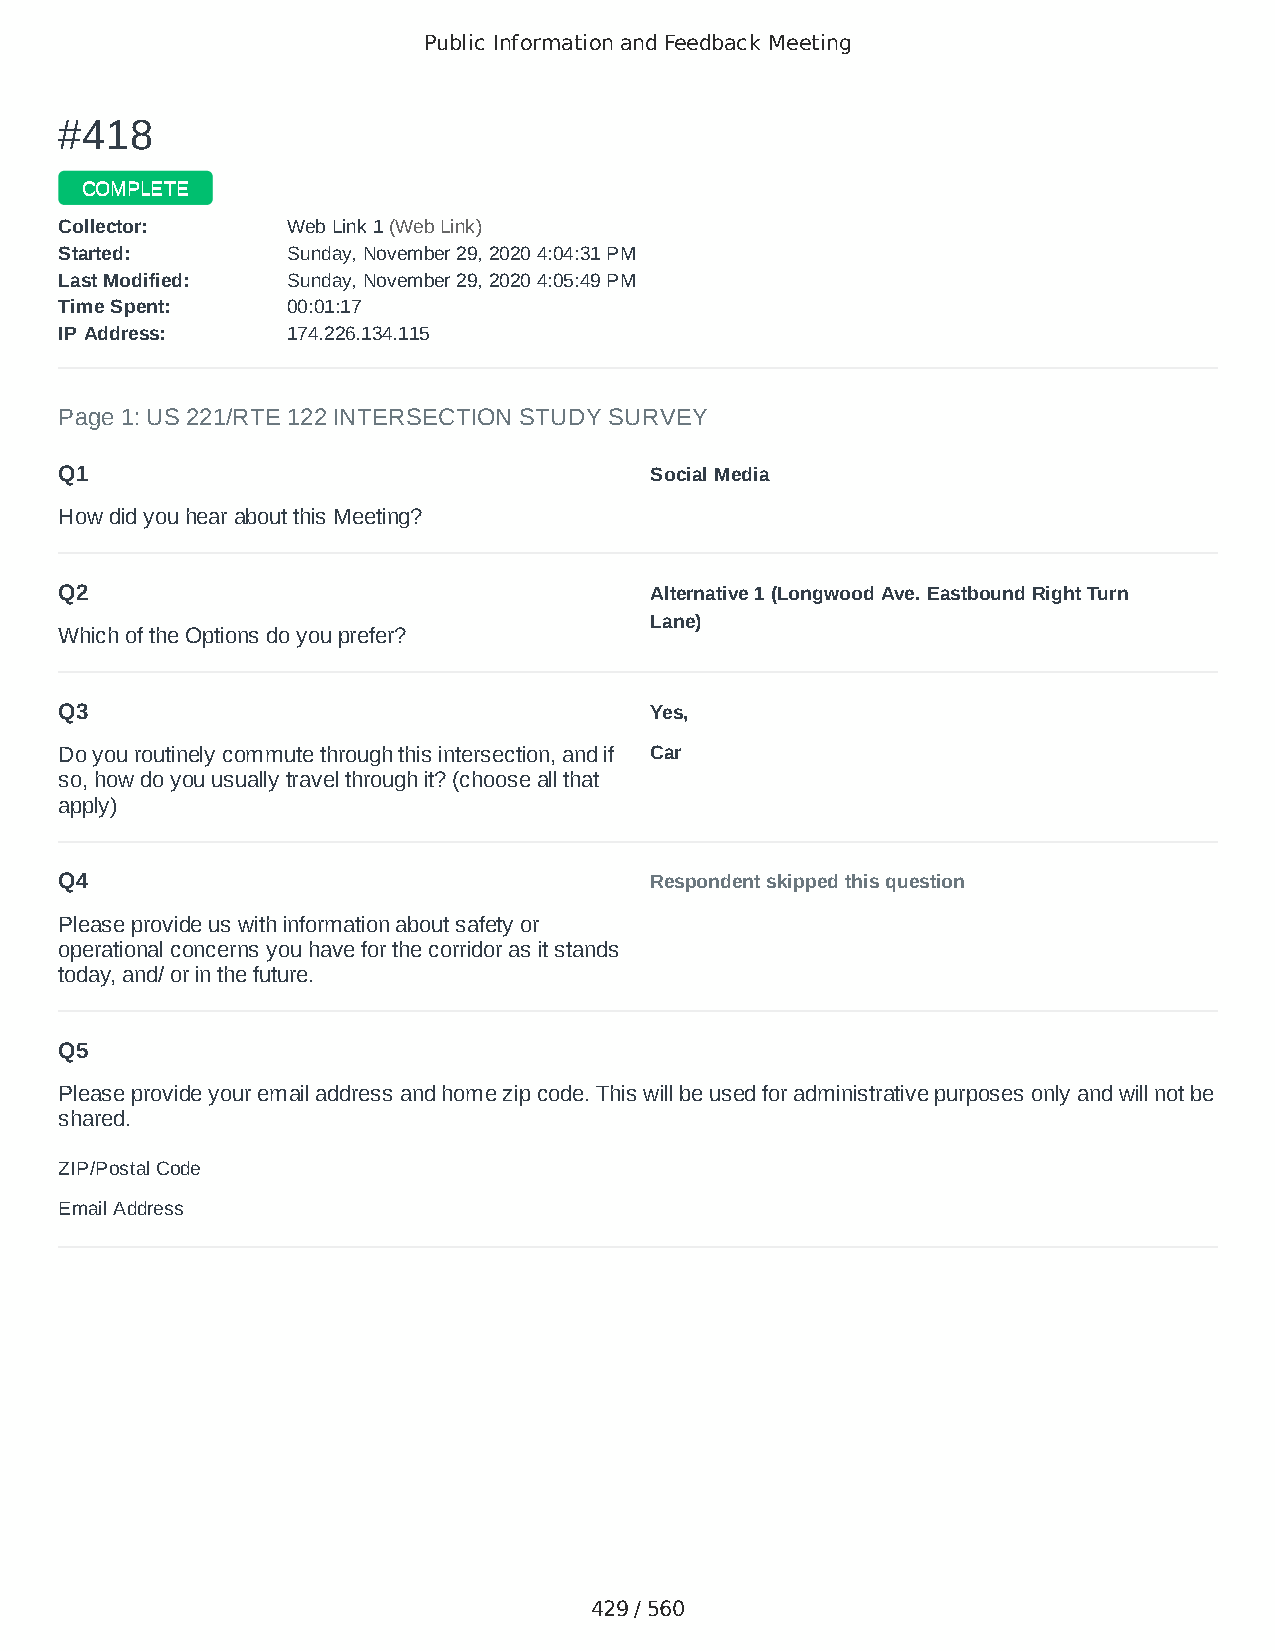
Public Information and Feedback Meeting
 ##441188
 CCOOMMPPLLEETTEE
 CCoolllleeccttoorr:: WWeebb LLiinnkk 11 ((WWeebb LLiinnkk))
 SSttaarrtteedd:: SSuunnddaayy,, NNoovveemmbbeerr 2299,, 22002200 44::0044::3311 PPMM
 LLaasstt MMooddiiffiieedd:: SSuunnddaayy,, NNoovveemmbbeerr 2299,, 22002200 44::0055::4499 PPMM
 TTiimmee SSppeenntt:: 0000::0011::1177
 IIPP AAddddrreessss:: 117744..222266..113344..111155
 Page 1: US 221/RTE 122 INTERSECTION STUDY SURVEY
 Q1                                     Social Media
 How did you hear about this Meeting?
 Q2                                     Alternative 1 (Longwood Ave. Eastbound Right Turn
 Lane)
 Which of the Options do you prefer?
 Q3                                     Yes,
 Do you routinely commute through this intersection, and if Car
 so, how do you usually travel through it? (choose all that
 apply)
 Q4                                     Respondent skipped this question
 Please provide us with information about safety or
 operational concerns you have for the corridor as it stands
 today, and/ or in the future.
 Q5
 Please provide your email address and home zip code. This will be used for administrative purposes only and will not be
 shared.
 ZIP/Postal Code                        24523
 Email Address                          purplejess1979@gmail.com
 429 / 560